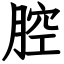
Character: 腔